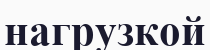
нагрузкой